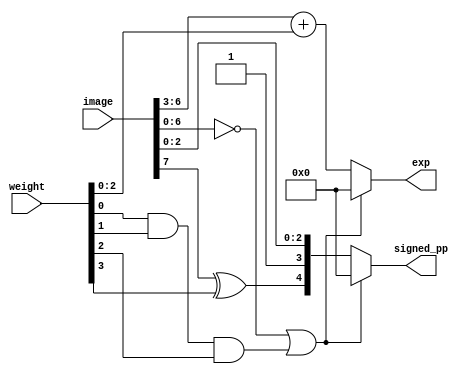
module partial_product_generator(input [7:0] image, 
                                 input [3:0] weight, 
                                 output [4:0] signed_pp, 
                                 output [4:0] exp);
    
    wire sign;
    wire image_zero;
    wire weight_zero;
    wire zero;
    
    // signed significant
    assign sign = image[7] ^ weight[3];

    assign image_zero = image[6:0] == 7'b0;
    assign weight_zero = weight[0] & weight[1] & weight[2];
    assign zero = image_zero | weight_zero;

    assign signed_pp = (zero)? 5'b0 : {sign, 1'b1, image[2:0]};
    assign exp = (zero)? 5'b0 : image[6:3] + weight[2:0];

endmodule